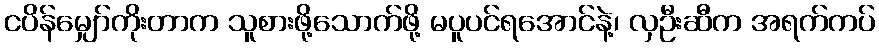
ငပိန်မျှော်ကိုးတာက သူစားဖို့သောက်ဖို့ မပူပင်ရအောင်နဲ့၊ လှဦးဆီက အရက်ကပ်